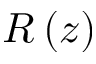
R \left( z \right)